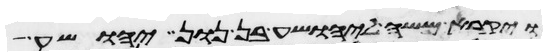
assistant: ויקרא משה ליהושע בן נון יהושע